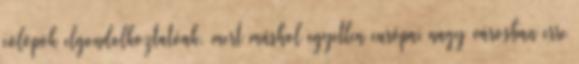
cölöpök elgondolkoztatóak, mert máshol egyetlen európai nagy városban erre